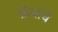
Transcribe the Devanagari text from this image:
फ्रेंचांचे